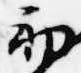
初